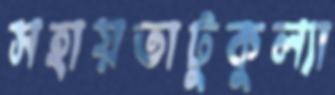
সহায়তাটুকুল্যা